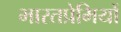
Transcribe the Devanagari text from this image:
भारतप्रेमियों